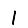
Digit: 1